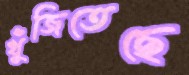
খুঁজিতেছে